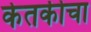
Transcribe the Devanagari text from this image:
केतकीचा